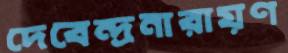
দেবেন্দ্রনারায়ণ